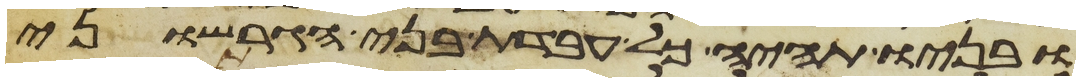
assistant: ובניו תהיה כל עבדת בני הגרשוני